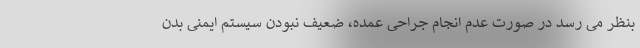
بنظر می رسد در صورت عدم انجام جراحی عمده، ضعیف نبودن سیستم ایمنی بدن